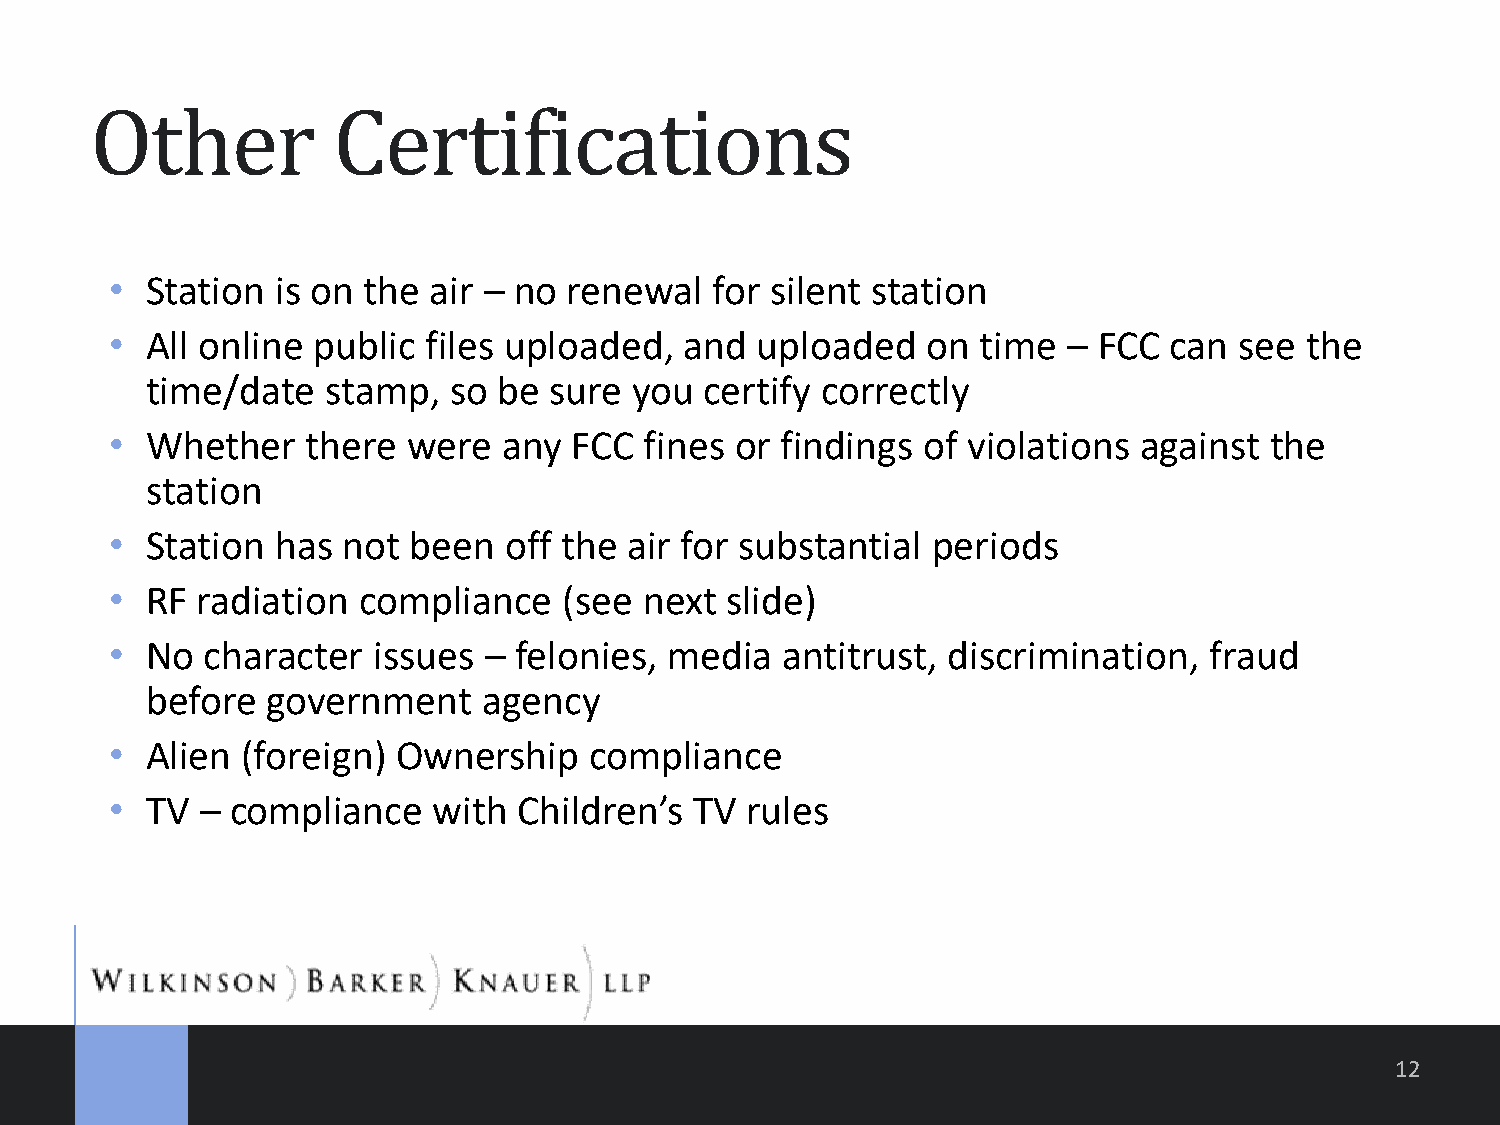
Other           Certifications
 •  Station is on the air – no  renewal  for silent station
 •  All online public files uploaded,  and  uploaded   on  time  – FCC can  see the
 time/date   stamp,  so be sure  you  certify correctly
 •  Whether   there  were  any  FCC  fines or findings of violations against  the
 station
 •  Station has  not been  off the  air for substantial periods
 •  RF radiation  compliance   (see  next slide)
 •  No  character  issues – felonies, media   antitrust, discrimination,  fraud
 before  government    agency
 •  Alien (foreign) Ownership    compliance
 •  TV – compliance    with Children’s  TV rules
 12